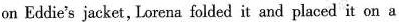
on Eddie's jacket, Lorena folded it and placed it on a